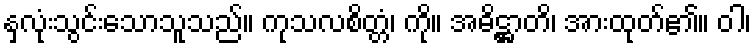
နှလုံးသွင်းသောသူသည်။ ကုသလစိတ္တံ၊ ကို။ အဓိဋ္ဌာတိ၊ အားထုတ်၏။ ဝါ၊